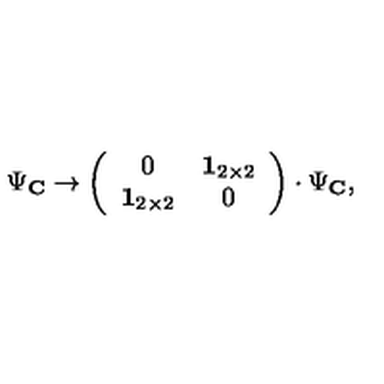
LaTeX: \Psi _ { \bf C } \rightarrow \left( \begin{array} { c c } { 0 } & { \mathrm { { \bf 1 } } _ { 2 \times 2 } } \\ { \mathrm { { \bf 1 } } _ { 2 \times 2 } } & { 0 } \\ \end{array} \right) \cdot \Psi _ { \bf C } ,